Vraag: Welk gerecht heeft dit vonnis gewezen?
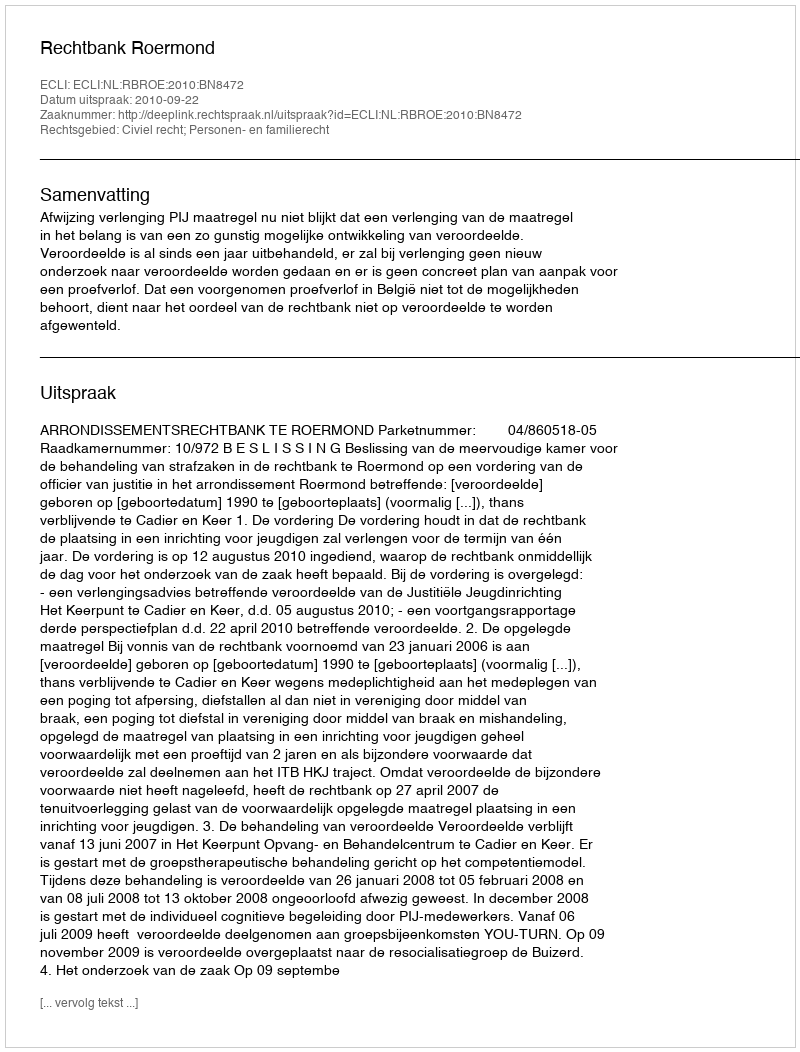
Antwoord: Rechtbank Roermond